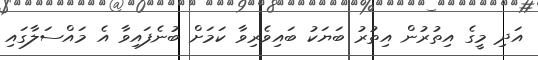
އަދި މީގެ އިތުރުން އިތުރު ބަޔަކު ބައިވެރިވާ ކަމަށް ބުނެފައިވާ އެ މައްސަލާގައި